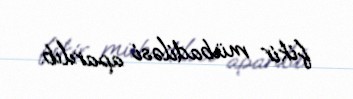
fikir mübadiləsi aparılıb.